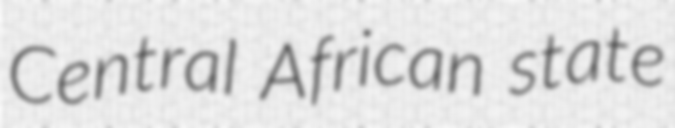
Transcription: Central African state